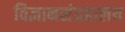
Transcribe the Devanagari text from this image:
विज्ञानसंग्रहालय